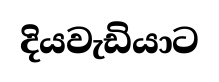
දියවැඩියාට